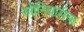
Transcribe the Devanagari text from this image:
स्रीनिवासैया